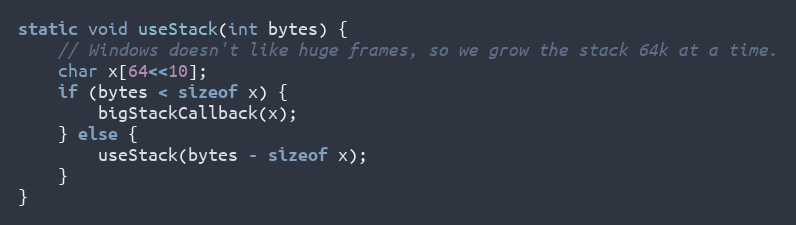
Language: C
static void useStack(int bytes) {
	// Windows doesn't like huge frames, so we grow the stack 64k at a time.
	char x[64<<10];
	if (bytes < sizeof x) {
		bigStackCallback(x);
	} else {
		useStack(bytes - sizeof x);
	}
}